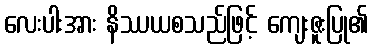
လေးပါးအား နိဿယစသည်ဖြင့် ကျေးဇူးပြု၏